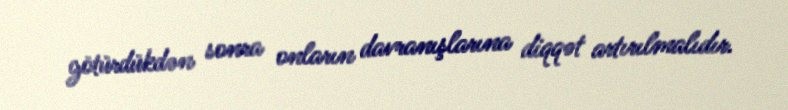
götürdükdən sonra onların davranışlarına diqqət artırılmalıdır.